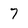
Character: 7